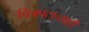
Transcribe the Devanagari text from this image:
चित्रपटाच्याही